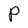
Character: P